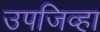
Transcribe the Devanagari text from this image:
उपजिव्हा